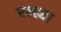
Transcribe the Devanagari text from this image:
एक्ढ्या